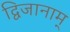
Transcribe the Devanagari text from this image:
द्विजानाम्